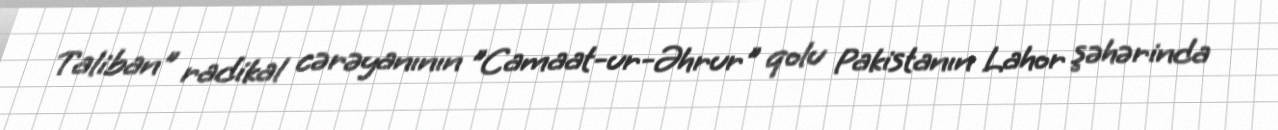
Taliban" radikal cərəyanının "Camaat-ur-Əhrur" qolu Pakistanın Lahor şəhərinda